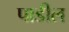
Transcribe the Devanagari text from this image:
पाडील